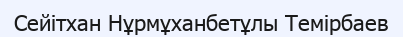
Сейітхан Нұрмұханбетұлы Темірбаев